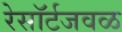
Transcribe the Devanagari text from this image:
रेसॉर्टजवळ